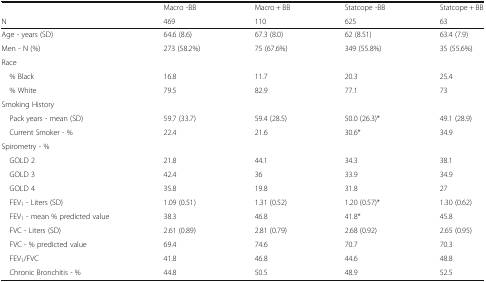
<table><thead><tr><td></td><td><b>Macro -BB</b></td><td><b>Macro + BB</b></td><td><b>Statcope -BB</b></td><td><b>Statcope + BB</b></td></tr><tr><td><b>N</b></td><td><b>469</b></td><td><b>110</b></td><td><b>625</b></td><td><b>63</b></td></tr></thead><tbody><tr><td>Age - years (SD)</td><td>64.6 (8.6)</td><td>67.3 (8.0)</td><td>62 (8.51)</td><td>63.4 (7.9)</td></tr><tr><td>Men - N (%)</td><td>273 (58.2%)</td><td>75 (67.6%)</td><td>349 (55.8%)</td><td>35 (55.6%)</td></tr><tr><td colspan="5">Race</td></tr><tr><td> % Black</td><td>16.8</td><td>11.7</td><td>20.3</td><td>25.4</td></tr><tr><td> % White</td><td>79.5</td><td>82.9</td><td>77.1</td><td>73</td></tr><tr><td colspan="5">Smoking History</td></tr><tr><td> Pack years - mean (SD)</td><td>59.7 (33.7)</td><td>59.4 (28.5)</td><td>50.0 (26.3)*</td><td>49.1 (28.9)</td></tr><tr><td> Current Smoker - %</td><td>22.4</td><td>21.6</td><td>30.6*</td><td>34.9</td></tr><tr><td colspan="5">Spirometry - %</td></tr><tr><td> GOLD 2</td><td>21.8</td><td>44.1</td><td>34.3</td><td>38.1</td></tr><tr><td> GOLD 3</td><td>42.4</td><td>36</td><td>33.9</td><td>34.9</td></tr><tr><td> GOLD 4</td><td>35.8</td><td>19.8</td><td>31.8</td><td>27</td></tr><tr><td> FEV<sub>1</sub> - Liters (SD)</td><td>1.09 (0.51)</td><td>1.31 (0.52)</td><td>1.20 (0.57)*</td><td>1.30 (0.62)</td></tr><tr><td> FEV<sub>1</sub> - mean % predicted value</td><td>38.3</td><td>46.8</td><td>41.8*</td><td>45.8</td></tr><tr><td> FVC - Liters (SD)</td><td>2.61 (0.89)</td><td>2.81 (0.79)</td><td>2.68 (0.92)</td><td>2.65 (0.95)</td></tr><tr><td> FVC - % predicted value</td><td>69.4</td><td>74.6</td><td>70.7</td><td>70.3</td></tr><tr><td> FEV<sub>1</sub>/FVC</td><td>41.8</td><td>46.8</td><td>44.6</td><td>48.8</td></tr><tr><td> Chronic Bronchitis - %</td><td>44.8</td><td>50.5</td><td>48.9</td><td>52.5</td></tr></tbody></table>